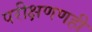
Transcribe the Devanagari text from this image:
परीक्षणणही